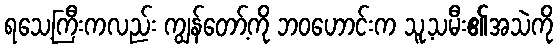
ရသေ့ကြီးကလည်း ကျွန်တော့်ကို ဘဝဟောင်းက သူ့သမီး၏အသဲကို